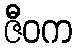
ဇီဝက